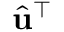
\hat { \mathbf { u } } ^ { \top }